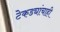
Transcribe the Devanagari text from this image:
टेकड्यांचाही